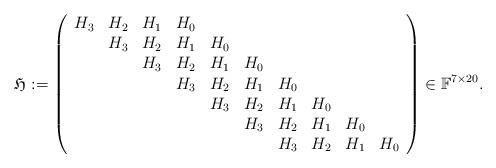
LaTeX: \begin{align*}\mathfrak{H}:=\left(\begin{array}{cccccccccc}H_3 & H_{2} & H_1 & H_0 & & & & & & \\& H_3 & H_2 & H_1 & H_0 & & & & & \\& & H_3 & H_2 & H_1 & H_0 & & & & \\& & & H_3 & H_2 & H_1 & H_0 & & & \\& & & & H_3 & H_2 & H_1 & H_0 & & \\& & & & & H_3 & H_2 & H_1 & H_0 & \\& & & & & & H_3 & H_2 & H_1 & H_0 \end{array}\right) \in\mathbb F^{7\times 20}.\end{align*}